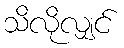
သိလိုလျှင်